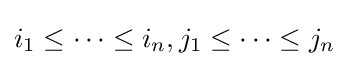
i_{1}\leq \cdots \leq i_{n},j_{1}\leq \cdots \leq j_{n}